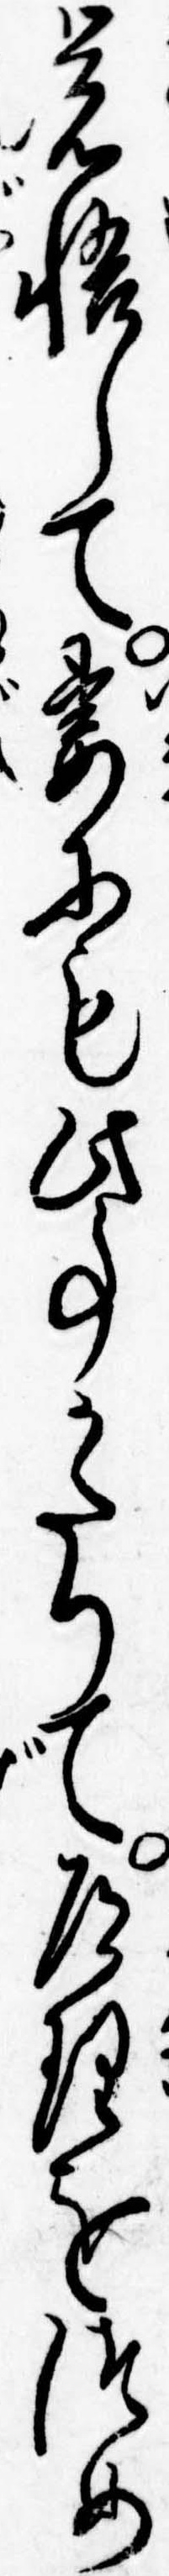
覚悟して妻にも此事かたりて道理をつめ